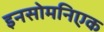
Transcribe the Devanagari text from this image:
इनसोमनिएक